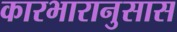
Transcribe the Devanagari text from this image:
कारभारानुसास